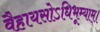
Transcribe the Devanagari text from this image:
वैहायसोऽधिभूम्याम्।